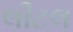
લીટલ